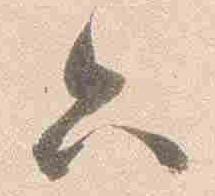
六